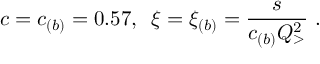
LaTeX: c = c _ { ( b ) } = 0 . 5 7 , \, \, \, \xi = \xi _ { ( b ) } = { \frac { s } { c _ { ( b ) } Q _ { > } ^ { 2 } } } \, \, .